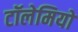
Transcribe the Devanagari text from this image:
टॉलेमियों